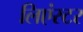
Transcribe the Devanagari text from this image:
लिएंस्टर